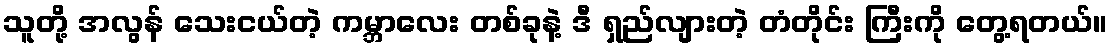
သူတို့ အလွန် သေးငယ်တဲ့ ကမ္ဘာလေး တစ်ခုနဲ့ ဒီ ရှည်လျားတဲ့ တံတိုင်း ကြီးကို တွေ့ရတယ်။